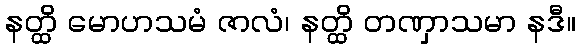
နတ္ထိ မောဟသမံ ဇာလံ၊ နတ္ထိ တဏှာသမာ နဒီ။